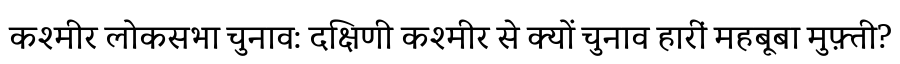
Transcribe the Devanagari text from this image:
कश्मीर लोकसभा चुनाव: दक्षिणी कश्मीर से क्यों चुनाव हारीं महबूबा मुफ़्ती?